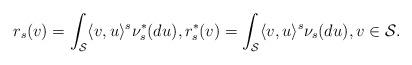
LaTeX: \begin{align*}r_{s}(v) = \int_{\mathcal{S}} \langle v, u \rangle^{s} \nu^*_{s}(du), r_{s}^*(v) = \int_{\mathcal{S}} \langle v, u \rangle^{s} \nu_{s}(du), v \in \mathcal{S}.\end{align*}